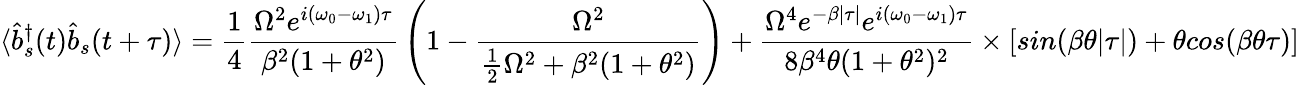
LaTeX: \langle{\hat{b}}_{s}^{\dagger}(t){\hat{b}}_{s}(t+\tau)\rangle={\frac{1}{4}}{\frac{\Omega^{2}e^{i(\omega_{0}-\omega_{1})\tau}}{\beta^{2}(1+\theta^{2})}}\left(1-{\frac{\Omega^{2}}{{\frac{1}{2}}\Omega^{2}+\beta^{2}(1+\theta^{2})}}\right)+{\frac{\Omega^{4}e^{-\beta|\tau|}e^{i(\omega_{0}-\omega_{1})\tau}}{8\beta^{4}\theta(1+\theta^{2})^{2}}}\times[sin(\beta\theta|\tau|)+\theta cos(\beta\theta\tau)]